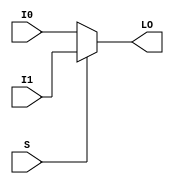
`ifdef verilator3
`else
`timescale 1 ps / 1 ps
`endif
//
// MUXF8_L primitive for Xilinx FPGAs
// Compatible with Verilator tool (www.veripool.org)
// Copyright (c) 2019-2022 Frdric REQUIN
// License : BSD
//

/* verilator coverage_off */
module MUXF8_L
(
    input  wire I0, I1,
    input  wire S,
    output wire LO
);

    assign LO = (S) ? I1 : I0;

endmodule
/* verilator coverage_on */